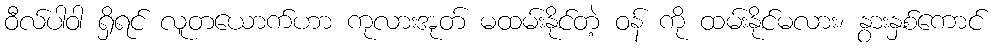
ဝီလ်ပါဝါ ရှိရင် လူတယောက်ဟာ ကုလားအုတ် မထမ်းနိုင်တဲ့ ဝန် ကို ထမ်းနိုင်မလား၊ နွားနှစ်ကောင်